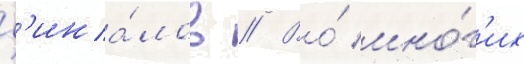
ф'ина́лов // Во́ мно́г'их